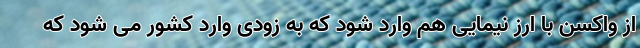
از واکسن با ارز نیمایی هم وارد شود که به زودی وارد کشور می شود که